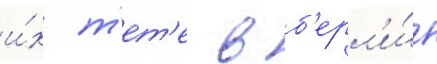
и́х т'ет'е в б'ерл'и́н